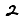
Digit: 2